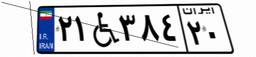
۰۶W۷۴۱۵۲